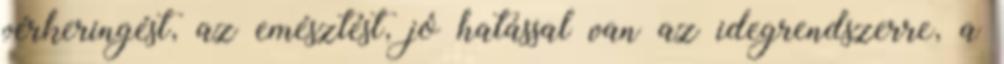
vérkeringést, az emésztést, jó hatással van az idegrendszerre, a